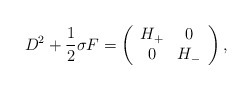
\begin{align*}D^2 + \frac{1}{2} \sigma F =\left( \begin{array}{cc}H_+ & 0 \\0 & H_- \end{array} \right),\end{align*}